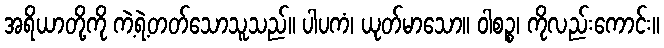
အရိယာတို့ကို ကဲ့ရဲ့တတ်သောသူသည်။ ပါပကံ၊ ယုတ်မာသော။ ဝါစဉ္စ၊ ကိုလည်းကောင်း။